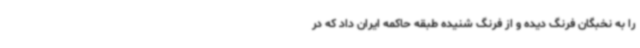
را به نخبگان فرنگ دیده و از فرنگ شنیده طبقه حاکمه ایران داد که در